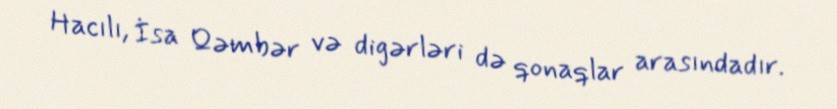
Hacılı, İsa Qəmbər və digərləri də qonaqlar arasındadır.